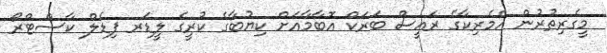
މީގެރިތުރުން އެމެރިކާގެ ރައީސް ބަރަކް އޮބާމާއަށް ކިޔުބާގެ ކުރީގެ ލީޑަރ ފިޑެލް ކާސްޓްރޯ